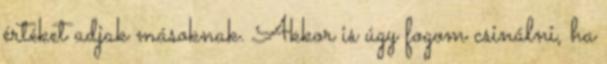
értéket adjak másoknak. Akkor is úgy fogom csinálni, ha